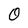
Character: 0